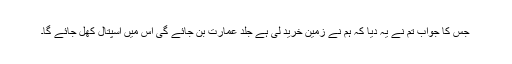
جس کا جواب تم نے یہ دیا کہ ہم نے زمین خرید لی ہے جلد عمارت بن جائے گی اس میں اسپتال کھل جائے گا۔